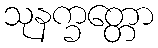
သုနက္ခတ္တော